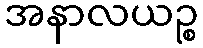
အနာလယဉ္စ